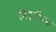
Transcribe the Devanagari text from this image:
मिड्राशिक